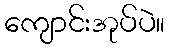
ကျောင်းအုပ်ပဲ။